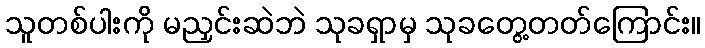
သူတစ်ပါးကို မညှင်းဆဲဘဲ သုခရှာမှ သုခတွေ့တတ်ကြောင်း။